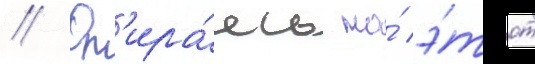
// Оп'ира́ясь на́ э́тот